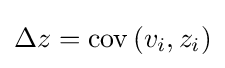
\Delta z=\operatorname {cov} \left(v_{i},z_{i}\right)